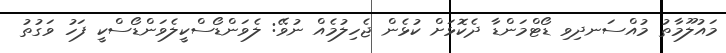
މައުލޫމާތު މުއްސަނދިވި ޑޯޓްމަންޑާ ދެކޮޅަށް ކުޅެން ޖެހިލުމެއް ނުވޭ: ލެވަންޑޯސްކީލެވަންޑޯސްކީ ފަހު ވަގުތު